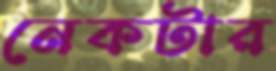
নেকটার